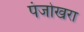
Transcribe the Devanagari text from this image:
पंजोखरा